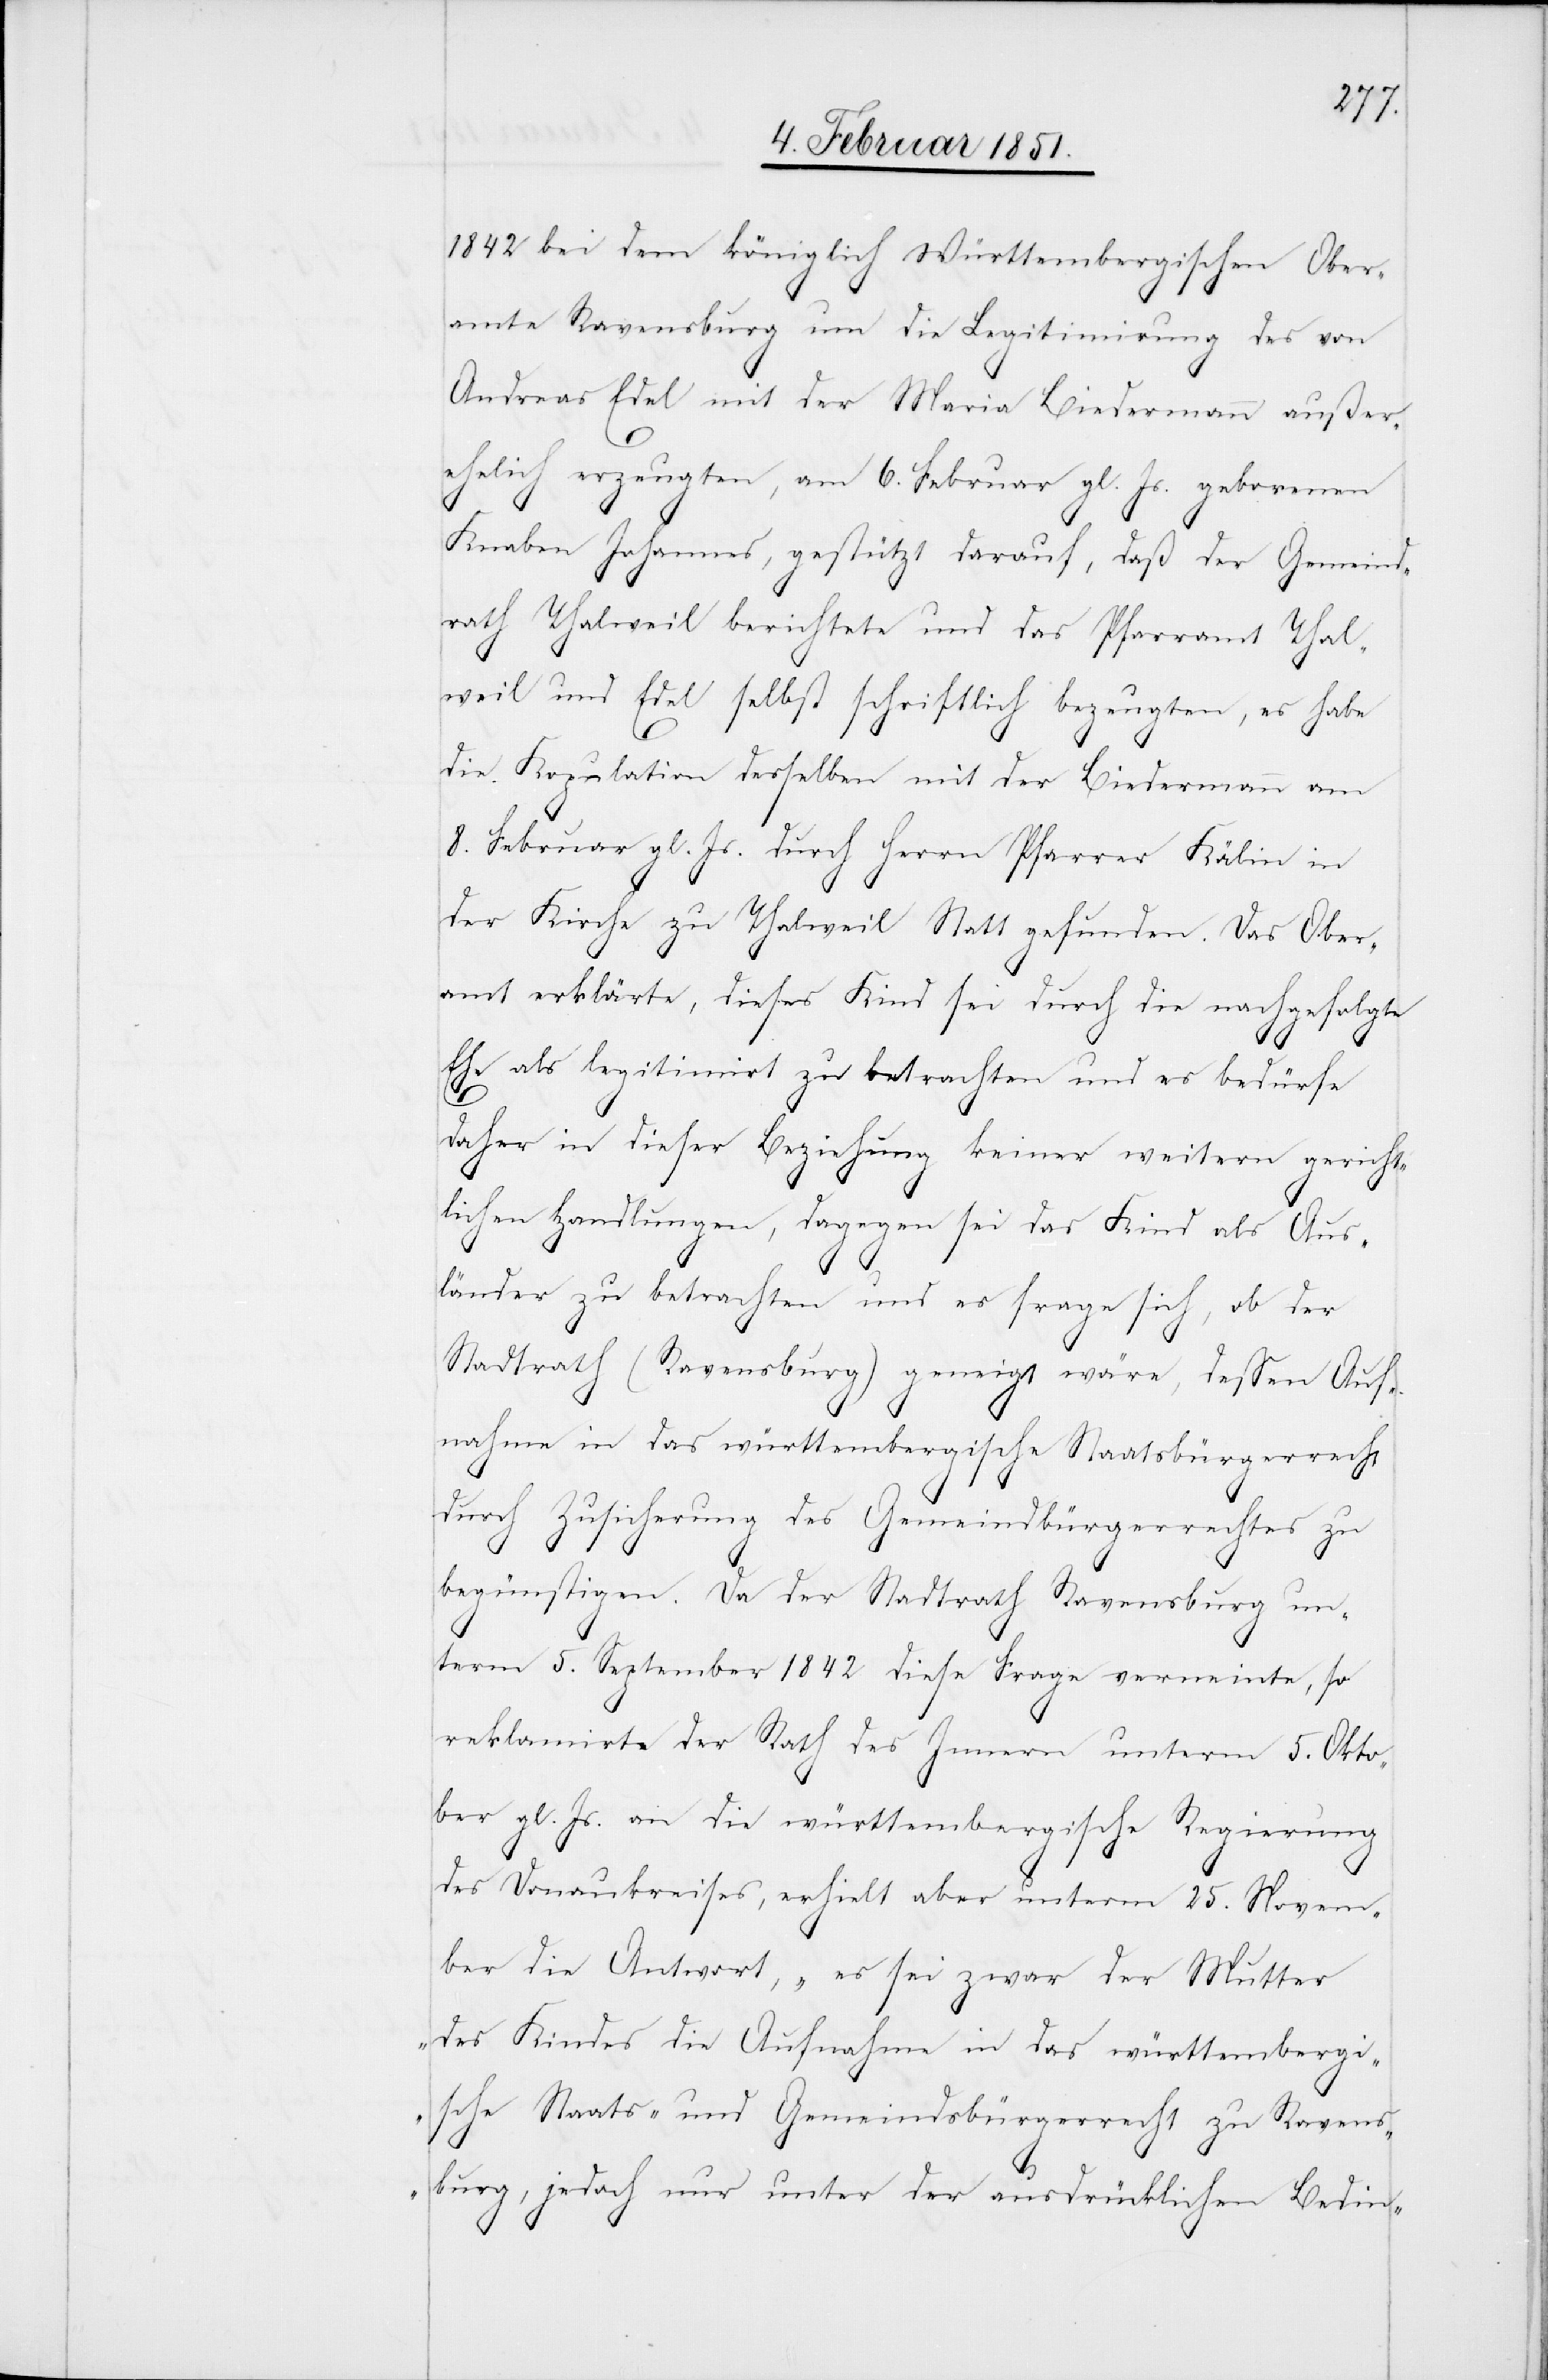
1842 bei dem königlich Württembergischen Ober¬
amte Ravensburg um die Legitimirung des von
Andreas Edel mit der Maria Biedermann außer¬
ehelich erzeugten, am 6. Februar gl. Js. geborenen
Knaben Johannes, gestützt darauf, daß der Gemeind¬
rath Thalweil berichtete und das Pfarramt Thal¬
weil und Edel selbst schriftlich bezeugten, es habe
die Kopulation desselben mit der Biedermann am
8. Februar gl. Js. durch Herrn Pfarrer Kälin in
der Kirche zu Thalweil Statt gefunden. Das Ober¬
amt erklärte, dieses Kind sei durch die nachgefolgte
Ehe als legitimirt zu betrachten und es bedürfe
daher in dieser Beziehung keiner weitern gericht¬
lichen Handlungen, dagegen sei das Kind als Aus¬
länder zu betrachten und es frage sich, ob der
Stadtrath (Ravensburg) geneigt wäre, dessen Auf¬
nahme in das württembergische Staatsbürgerrecht
durch Zusicherung des Gemeindbürgerrechtes zu
begünstigen. Da der Stadtrath Ravensburg un¬
term 5. September 1842 diese Frage verneinte, so
reklamirte der Rath des Innern unterm 5. Okto¬
ber gl. Js. an die württembergische Regierung
des Donaukreises, erhielt aber unterm 25. Novem¬
ber die Antwort, ‚es sei zwar der Mutter
des Kindes die Aufnahme in das württembergi¬
sche Staats- und Gemeindsbürgerrecht zu Ravens¬
burg, jedoch nur unter der ausdrücklichen Bedin-